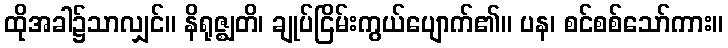
ထိုအခါ၌သာလျှင်။ နိရုဇ္ဈတိ၊ ချုပ်ငြိမ်းကွယ်ပျောက်၏။ ပန၊ စင်စစ်သော်ကား။